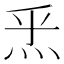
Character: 𤇠